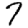
Digit: 7